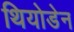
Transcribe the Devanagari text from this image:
थियोडेन